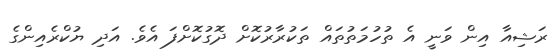
ރަޝިއާ އިން ވަނީ އެ ތުހުމަތުތައް ތަކުރާރުކޮށް ދޮގުކޮށްފަ އެވެ. އަދި ޔުކްރެއިންގެ